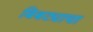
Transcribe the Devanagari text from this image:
बिबट्याचा